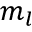
m _ { l }